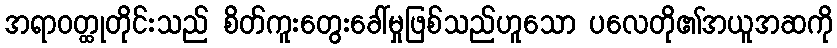
အရာဝတ္ထုတိုင်းသည် စိတ်ကူးတွေးခေါ်မှုဖြစ်သည်ဟူသော ပလေတို၏အယူအဆကို